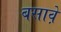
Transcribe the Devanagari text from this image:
बसावे़